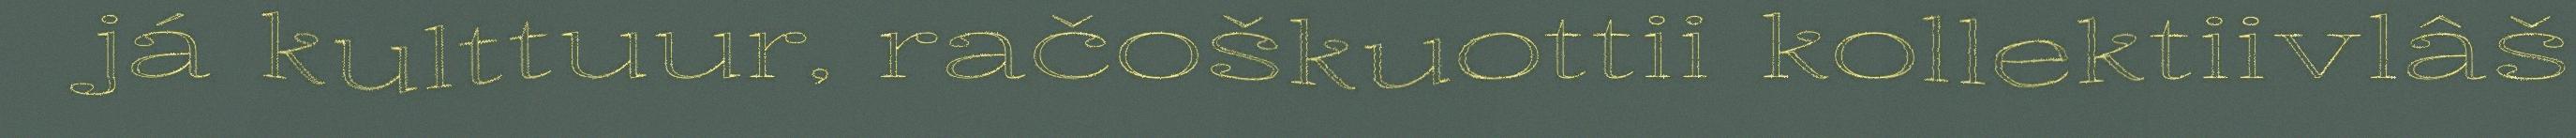
já kulttuur, račoškuottii kollektiivlâš